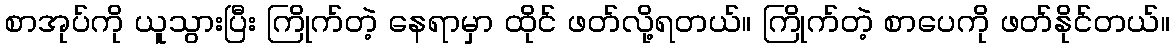
စာအုပ်ကို ယူသွားပြီး ကြိုက်တဲ့ နေရာမှာ ထိုင် ဖတ်လို့ရတယ်။ ကြိုက်တဲ့ စာပေကို ဖတ်နိုင်တယ်။